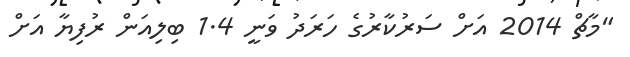
"މާޗް 2014 އަށް ސަރުކާރުގެ ހަރަދު ވަނީ 1.4 ބިލިއަން ރުފިޔާ އަށް